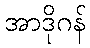
အာဒိုဂန်